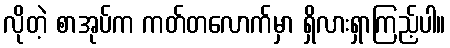
လိုတဲ့ စာအုပ်က ကတ်တလောက်မှာ ရှိလားရှာကြည့်ပါ။